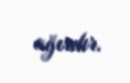
ağırdır.